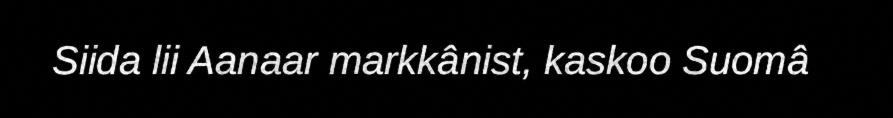
Siida lii Aanaar markkânist, kaskoo Suomâ